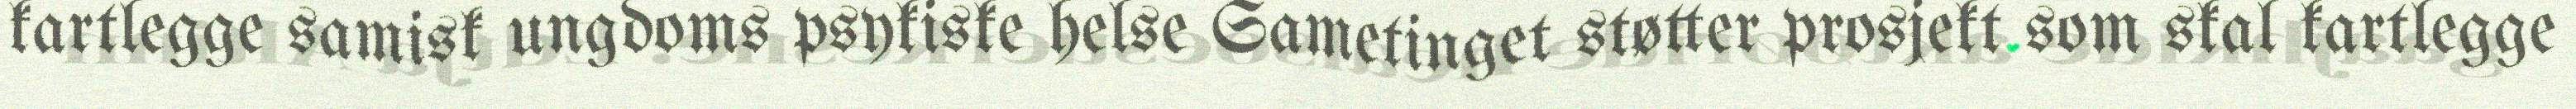
kartlegge samisk ungdoms psykiske helse Sametinget støtter prosjekt som skal kartlegge